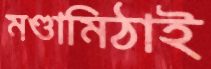
মণ্ডামিঠাই